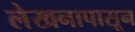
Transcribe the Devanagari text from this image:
लेखनापासून